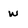
Character: w